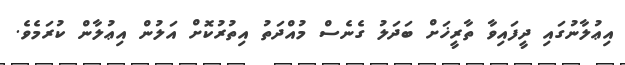
އިޢުލާނުގައި ދީފައިވާ ތާރީޚަށް ބަދަލު ގެނެސް މުއްދަތު އިތުރުކޮށް އަލުން އިޢުލާން ކުރަމެވެ.